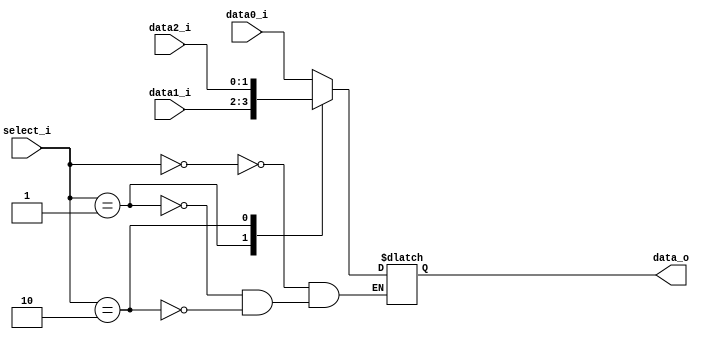
`timescale 1ns / 1ps
//////////////////////////////////////////////////////////////////////////////////
// Company: 
// 
// Design Name: 
// Module Name: MUX_3to1
// Project Name: 
// Target Devices: 
// Tool Versions: 
// Description: 
// 
// Dependencies: 
// 
// Revision:
// Revision 0.01 - File Created
// Additional Comments:
// 
//////////////////////////////////////////////////////////////////////////////////


module MUX_3to1( data0_i,
               data1_i,
               data2_i,
               select_i,
               data_o

    );
    parameter size = 0;
    input [size-1:0]data0_i;
    input [size-1:0]data1_i;
    input [size-1:0]data2_i;
    
    input  [1:0]select_i;
    output [size-1:0]data_o;
    reg    [size-1:0] data_o;
    always@(*)begin
    case(select_i)
    2'b00: data_o = data0_i;
    2'b01: data_o = data1_i;
    2'b10: data_o = data2_i;
    endcase
     end
    
endmodule